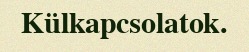
Külkapcsolatok.